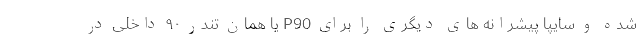
شده و سایپا پیشرانه های دیگری را برای P90 یا همان تندر ۹۰ داخلی در